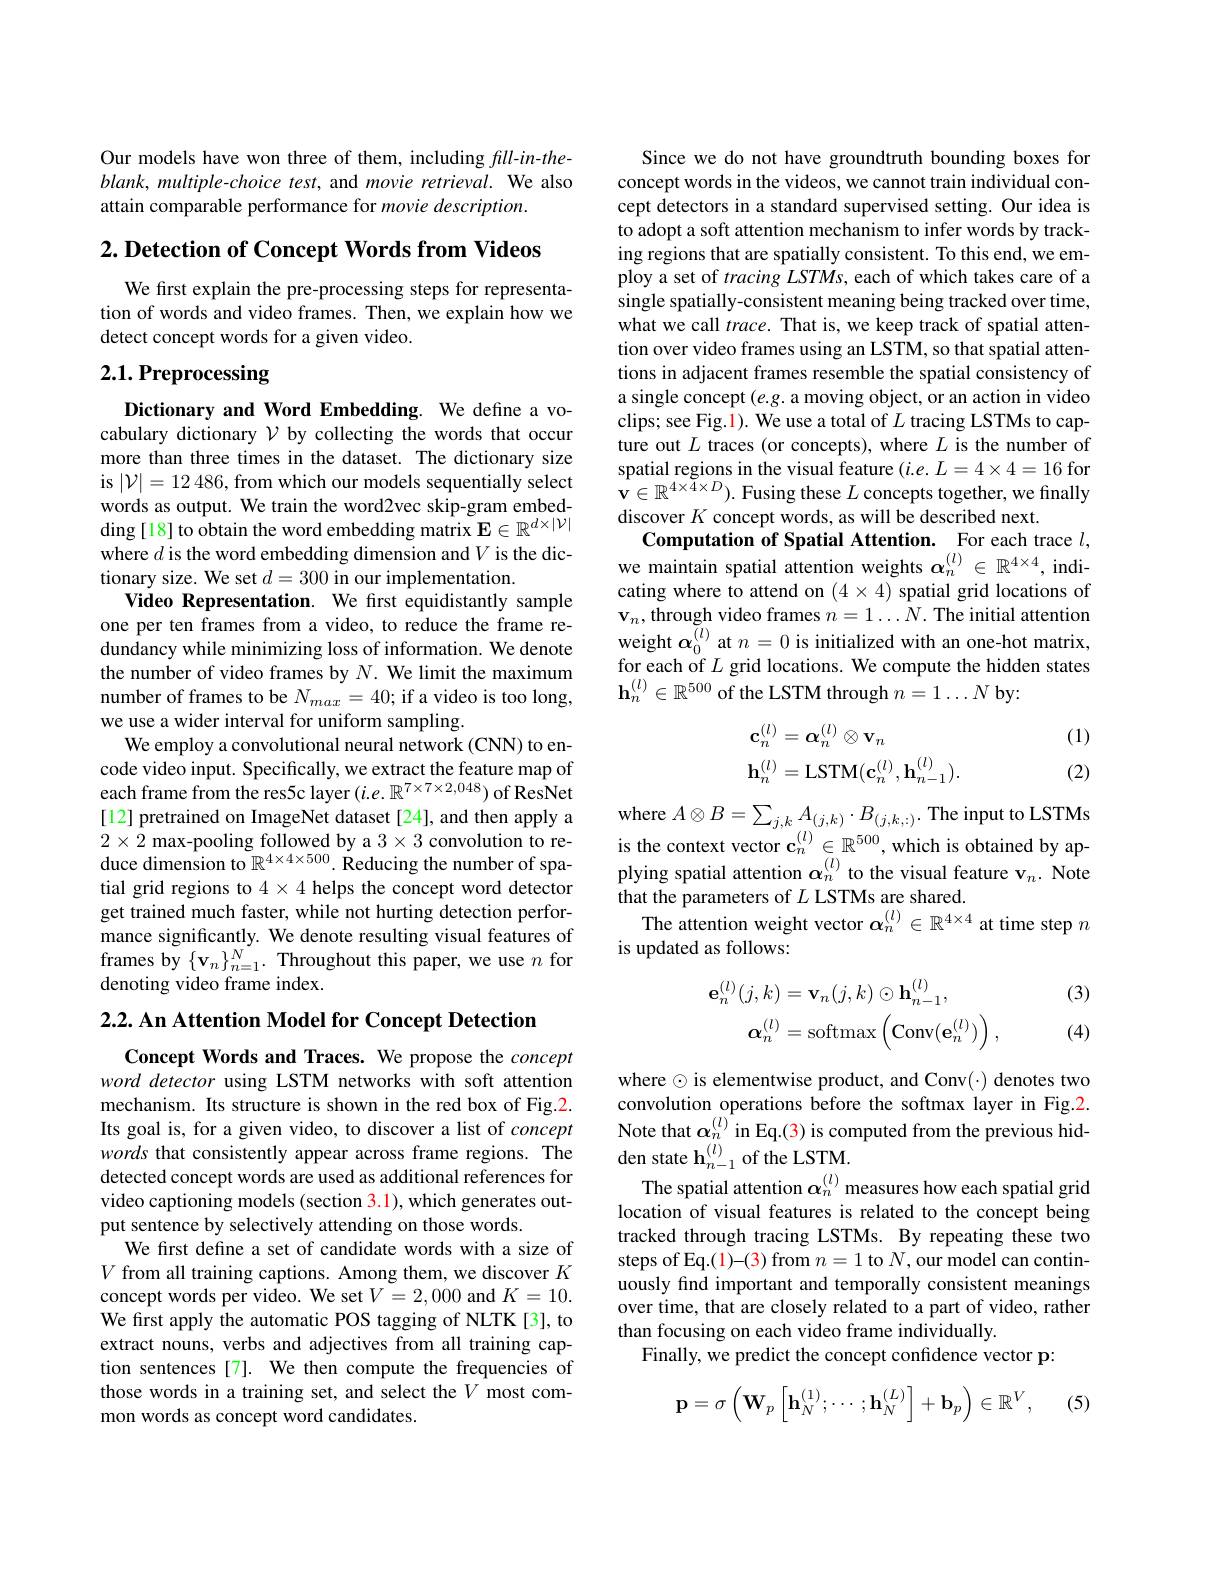
Our models have won three of them, including $fill-in-the-$ $blank,multiple-choice$ test, and movie retrieval. We also attain comparable performance for movie description.

$2. \textbf{ Detection of Concept Words from Videos}$

We first explain the pre-processing steps for representation of words and video frames. Then, we explain how we detect concept words for a given video.

## 2.1. Preprocessing

Dictionary and Word Embedding. We define a vocabulary dictionary $\mathcal{V}$ by collecting the words that occur more than three times in the dataset. The dictionary size is $|\mathcal{V}|=12$ 486, from which our models sequentially select words as output. We train the word2vec skip-gram embedding[18] to obtain the word embedding matrix $\mathbf{E}\in\mathbb{R}^d\times|\mathcal{V}|$ where $d$ is the word embedding dimension and $V$ is the dictionary size. We set $d=300$ in our implementation.
Video Representation. We frst equidistantly sample one per ten frames from a video, to reduce the frame redundancy while minimizing loss of information. We denote the number of video frames by $N.$ We limit the maximum number of frames to be $N_{max}=40;$ if a video is too long, we use a wider interval for uniform sampling.
We employ a convolutional neural network (CNN) to encode video input. Specifically, we extract the feature map of each frame from the res5c layer $(i.e.\mathbb{R}^{7\times7\times2,048})$ of ResNet [12] pretrained on ImageNet dataset [24], and then apply a $2\times2$ max-pooling followed by a $3\times3$ convolution to reduce dimension to $\mathbb{R}^4\times4\times500.$ Reducing the number of spatial grid regions to $4\times4$ helps the concept word detector get trained much faster, while not hurting detection performance significantly. We denote resulting visual features of frames by $\{\mathbf{v}_{n}\}_{n=1}^{N}.$ Throughout this paper, we use $n$ for denoting video frame index.

$2. 2. \textbf{ An Attention Model for Concept Detection}$

Concept Words and Traces. We propose the concept word detector using LSTM networks with soft attention mechanism. Its structure is shown in the red box of Fig.2. Its goal is, for a given video, to discover a list of concept words that consistently appear across frame regions. The detected concept words are used as additional references for video captioning models (section 3.1), which generates output sentence by selectively attending on those words.
We first define a set of candidate words with a size of $V$ from all training captions. Among them, we discover $K$ concept words per video. We set $V=2,000$ and $K=10.$ We first apply the automatic POS tagging of NLTK[3], to extract nouns, verbs and adjectives from all training caption sentences[7]. We then compute the frequencies of those words in a training set, and select the $V$ most common words as concept word candidates.

Since we do not have groundtruth bounding boxes for concept words in the videos, we cannot train individual concept detectors in a standard supervised setting. Our idea is to adopt a soft attention mechanism to infer words by tracking regions that are spatially consistent. To this end, we employ a set of tracing LSTMs, each of which takes care of a single spatially-consistent meaning being tracked over time, what we call $trace.$ That is, we keep track of spatial attention over video frames using an LSTM, so that spatial attentions in adjacent frames resemble the spatial consistency of a single concept $(e.g.$ a moving object, or an action in video clips; see Fig.1). We use a total of $L$ tracing LSTMs to capture out $L$ traces (or concepts), where $L$ is the number of spatial regions in the visual feature $(i.e.L=4\times4=16$ for $\mathbf{v}\in\mathbb{R}^{4\times4\times D}).$ Fusing these $L$ concepts together, we finally discover $K$ concept words, as will be described next
Computation of Spatial Attention. For each trace $l$, we maintain spatial attention weights $\alpha_n^{(l)}\in\mathbb{R}^{4\times4}$, indicating where to attend on $(4\times4)$ spatial grid locations of $\mathbf{v}_n$, through video frames $n=1\ldots N.$ The initial attention weight $\boldsymbol{\alpha}_0^{(l)}$ at $n=0$ is initialized with an one-hot matrix, for each of $L$ grid locations. We compute the hidden states $\mathbf{h}_n^{(l)}\in\mathbb{R}^{500}$ of the LSTM through $n=1\ldots N$ by:

(1)
$$\begin{aligned}\mathbf{c}_n^{(l)}&=\boldsymbol{\alpha}_n^{(l)}\otimes\mathbf{v}_n\\\mathbf{h}_n^{(l)}&=\mathrm{LSTM}(\mathbf{c}_n^{(l)},\mathbf{h}_{n-1}^{(l)}).\end{aligned}$$
(2)

where $A\otimes B=\sum_{j,k}A_{(j,k)}\cdot B_{(j,k,:)}.$ The input to LSTMs is the context vector $\mathbf{c}_n^{(l)}\in\mathbb{R}^{500}$, which is obtained by applying spatial attention $\alpha_n^{(l)}$ to the visual feature v$_n.$ Note that the parameters of $L$ LSTMs are shared.
The attention weight vector $\alpha_n^{(l)}\in\mathbb{R}^{4\times4}$ at time step $n$
is updated as follows:

(3)
$$\begin{aligned}\mathbf{e}_{n}^{(l)}(j,k)&=\mathbf{v}_{n}(j,k)\odot\mathbf{h}_{n-1}^{(l)},\\\boldsymbol{\alpha}_{n}^{(l)}&=\mathrm{softmax}\left(\mathrm{Conv}(\mathbf{e}_{n}^{(l)})\right),\end{aligned}$$
(4)

where $\odot$ is elementwise product, and Conv(·) denotes two convolution operations before the softmax layer in Fig.2. Note that $\alpha_n^{(l)}$in Eq.(3) is computed from the previous hidden state $\mathbf{h}_{n-1}^{(l)}$ of the LSTM
The spatial attention $\alpha_n^{(l)}$ measures how each spatial grid location of visual features is related to the concept being tracked through tracing LSTMs. By repeating these two steps of Eq.(1)-(3) from $n=1$ to $N$,our model can continuously find important and temporally consistent meanings over time, that are closely related to a part of video, rather than focusing on each video frame individually.
Finally, we predict the concept confidence vector p:
$$\mathbf{p}=\sigma\left(\mathbf{W}_p\left[\mathbf{h}_N^{(1)};\cdots;\mathbf{h}_N^{(L)}\right]+\mathbf{b}_p\right)\in\mathbb{R}^V,$$
(5,